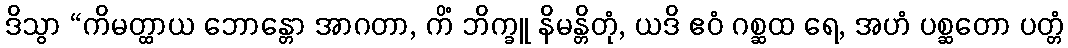
ဒိသွာ “ကိမတ္ထာယ ဘောန္တော အာဂတာ, ကိံ ဘိက္ခူ နိမန္တိတုံ, ယဒိ ဧဝံ ဂစ္ဆထ ရေ, အဟံ ပစ္ဆတော ပတ္တံ